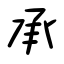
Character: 承